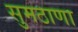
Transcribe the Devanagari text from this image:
सुमठाणा